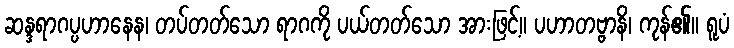
ဆန္ဒရာဂပ္ပဟာနေန၊ တပ်တတ်သော ရာဂကို ပယ်တတ်သော အားဖြင့်။ ပဟာတဗ္ဗာနိ၊ ကုန်၏။ ရူပံ